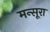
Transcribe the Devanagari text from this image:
मन्सूरा